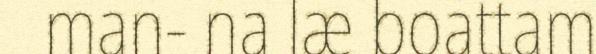
man- na læ boattam